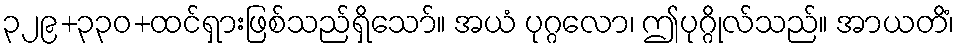
၃၂၉+၃၃၀+ထင်ရှားဖြစ်သည်ရှိသော်။ အယံ ပုဂ္ဂလော၊ ဤပုဂ္ဂိုလ်သည်။ အာယတိံ၊